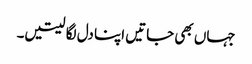
جہاں بھی جاتیں اپنا دل لگا لیتیں۔